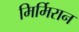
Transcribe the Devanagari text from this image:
मिर्मिरान